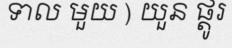
ទាល មួយ ) យួន ផ្តូរ